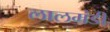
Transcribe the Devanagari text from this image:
लालमंडी